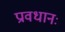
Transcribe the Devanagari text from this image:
प्रावधानः